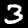
Label: 3